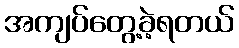
အကျပ်တွေ့ခဲ့ရတယ်